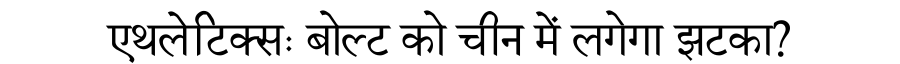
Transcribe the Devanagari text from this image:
एथलेटिक्सः बोल्ट को चीन में लगेगा झटका?